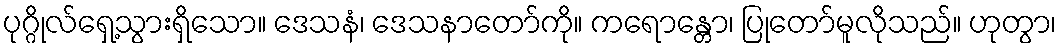
ပုဂ္ဂိုလ်ရှေ့သွားရှိသော။ ဒေသနံ၊ ဒေသနာတော်ကို။ ကရောန္တော၊ ပြုတော်မူလိုသည်။ ဟုတွာ၊